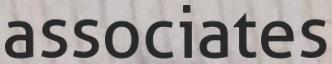
associates